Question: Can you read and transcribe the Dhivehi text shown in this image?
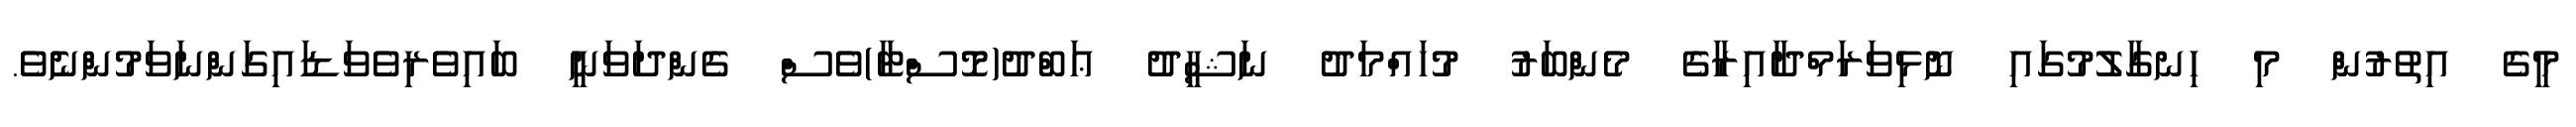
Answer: މީގެ އިތުރުން މި ހިނގާލުމުގައި ނޮޅިވަރަމްދާއިރާގެ މެންބަރު މުހައްމަދު ނަޝީދު ޢަބްދު(މޮސްޓާ)ވެސް ގެންދަވަނީ ބައިވެރިވެވަޑައިގަންނަވަމުންނެވެ.